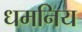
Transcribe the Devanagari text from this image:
धमनिय